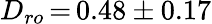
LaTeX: D_{ro}\, {=}\, 0.48\pm 0.17